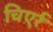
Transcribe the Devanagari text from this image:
चिएर्र